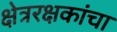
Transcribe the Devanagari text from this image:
क्षेत्ररक्षकांचा